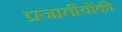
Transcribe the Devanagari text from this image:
प्रजातीयोंकी